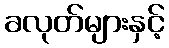
ခလုတ်များနှင့်